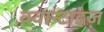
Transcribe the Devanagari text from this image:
क्वान्टाइज़